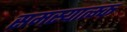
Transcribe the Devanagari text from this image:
समस्यात्म्क